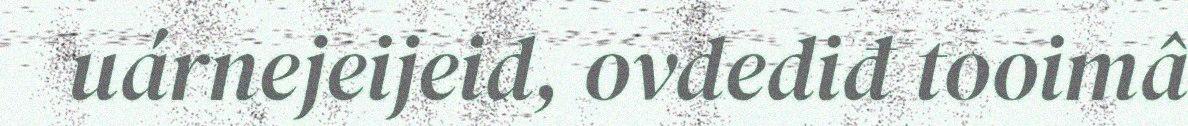
uárnejeijeid, ovdediđ tooimâ